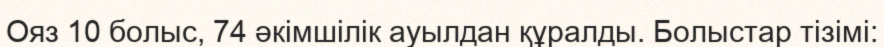
Ояз 10 болыс, 74 әкімшілік ауылдан құралды. Болыстар тізімі: